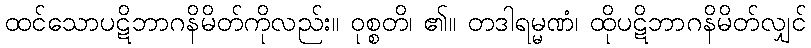
ထင်သောပဋိဘာဂနိမိတ်ကိုလည်း။ ဝုစ္စတိ၊ ၏။ တဒါရမ္မဏံ၊ ထိုပဋိဘာဂနိမိတ်လျှင်